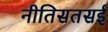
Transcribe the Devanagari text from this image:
नीतिसतसई